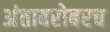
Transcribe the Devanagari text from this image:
अंताबरोबरच